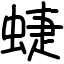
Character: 蜨